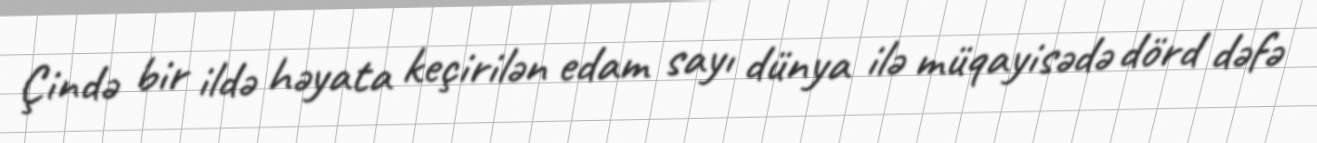
Çində bir ildə həyata keçirilən edam sayı dünya ilə müqayisədə dörd dəfə